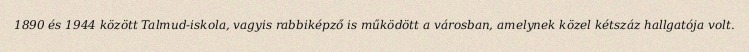
1890 és 1944 között Talmud-iskola, vagyis rabbiképző is működött a városban, amelynek közel kétszáz hallgatója volt.